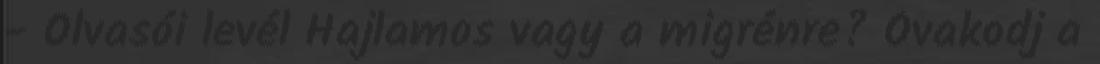
- Olvasói levél Hajlamos vagy a migrénre? Óvakodj a